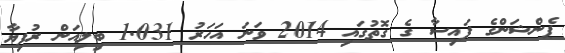
ޕެންޝަންގެ ފައިސާ ގެ ގޮތުގައި 2014 ވަނަ އަހަރު 1.031 ބިލިއަން ރުފިޔާ